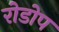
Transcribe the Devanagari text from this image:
रोडोप